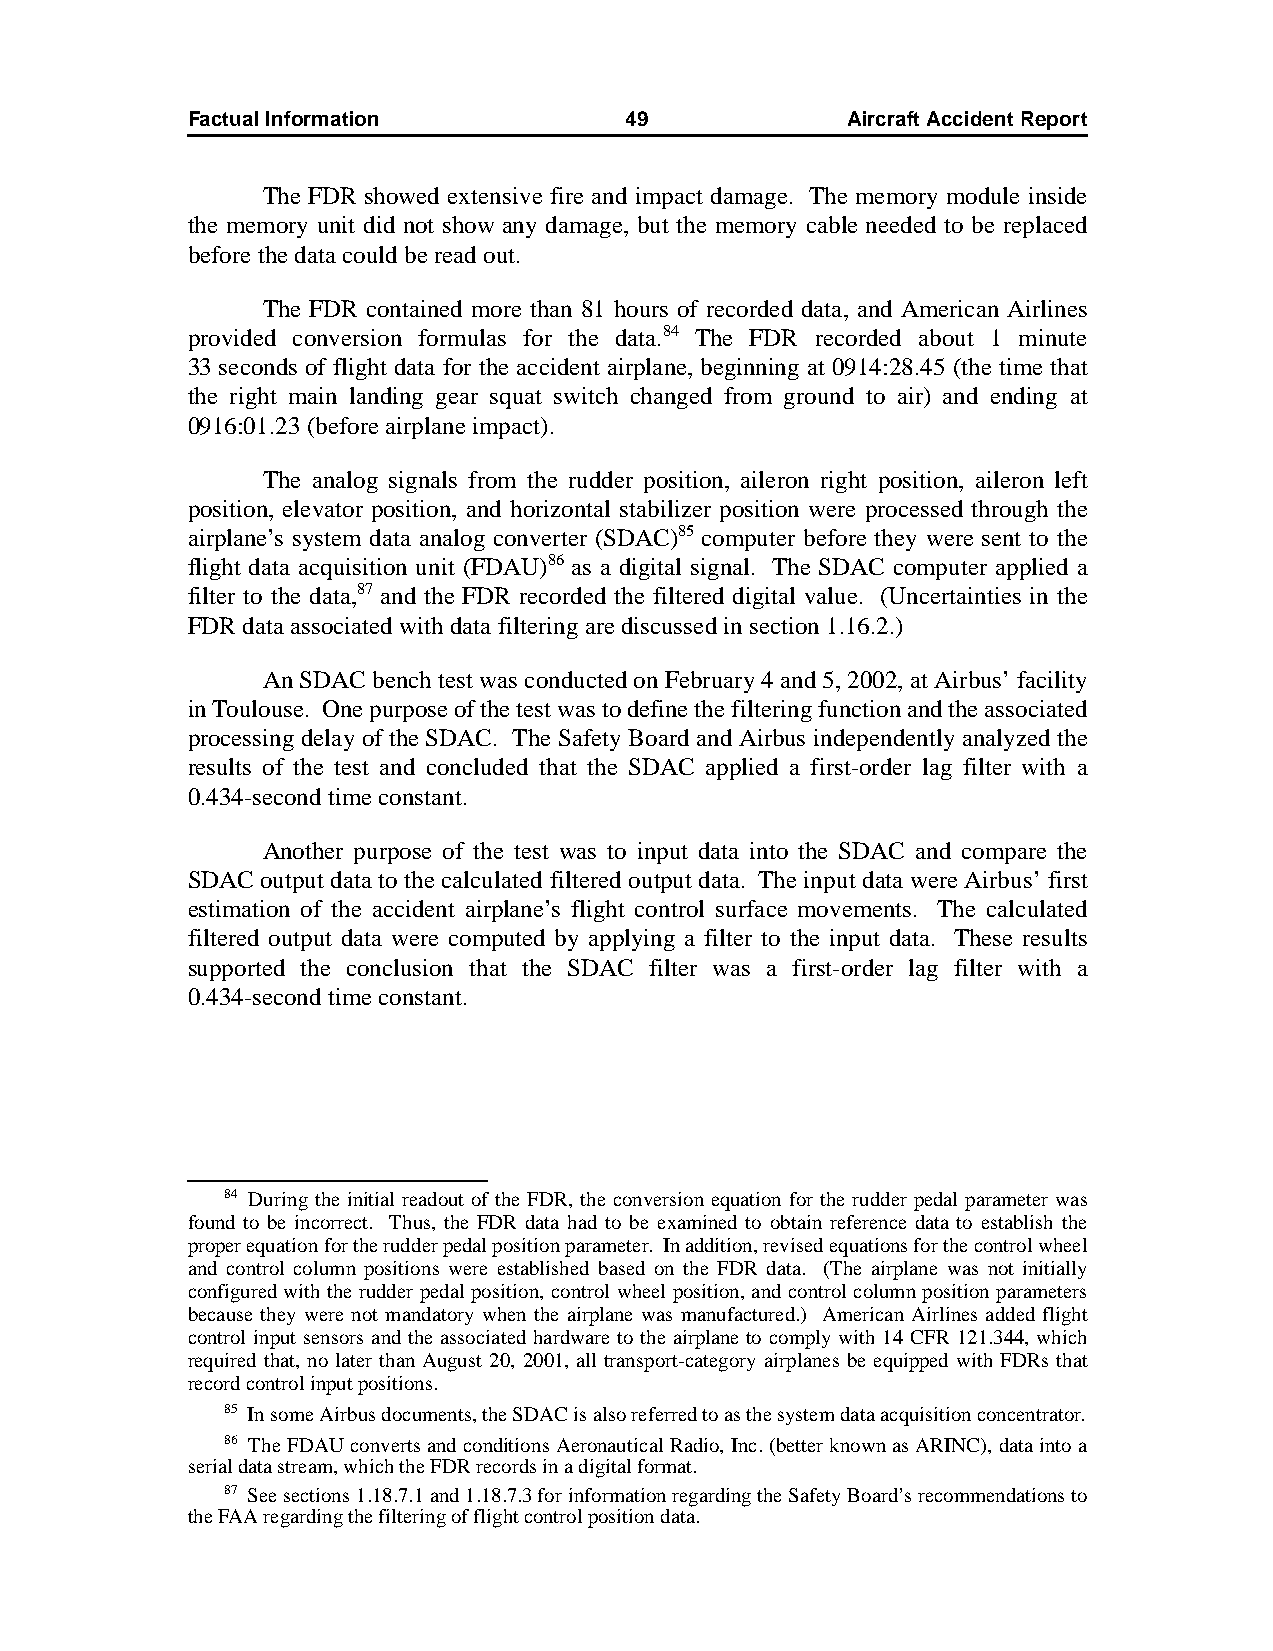
Factual Information          49             AircraftAccidentReport
 The FDR showed extensive fire and impact damage. The memory module inside
 the memory unit did not show any damage, but the memory cable needed to be replaced
 before the data could be read out.
 The FDR contained more than 81 hours of recorded data, and American Airlines
 provided conversion formulas for the data.84 The FDR recorded about 1 minute
 33seconds of flight data for the accident airplane, beginning at 0914:28.45 (the time that
 the right main landing gear squat switch changed from ground to air) and ending at
 0916:01.23 (before airplane impact).
 The analog signals from the rudder position, aileron right position, aileron left
 position, elevator position, and horizontal stabilizer position were processed through the
 airplane’s system data analog converter (SDAC)85 computer before they were sent to the
 flight data acquisition unit (FDAU)86 as a digital signal. The SDAC computer applied a
 filter to the data,87 and the FDR recorded the filtered digital value. (Uncertainties in the
 FDR data associated with data filtering are discussed in section 1.16.2.)
 An SDAC bench test was conducted on February 4 and 5, 2002, at Airbus’ facility
 in Toulouse. One purpose of the test was to define the filtering function and the associated
 processing delay of the SDAC. The Safety Board and Airbus independently analyzed the
 results of the test and concluded that the SDAC applied a first-order lag filter with a
 0.434-second time constant.
 Another purpose of the test was to input data into the SDAC and compare the
 SDAC output data to the calculated filtered output data. The input data were Airbus’ first
 estimation of the accident airplane’s flight control surface movements. The calculated
 filtered output data were computed by applying a filter to the input data. These results
 supported the conclusion that the SDAC filter was a first-order lag filter with a
 0.434-second time constant.
 84 During the initial readout of the FDR, the conversion equation for the rudder pedal parameter was
 found to be incorrect. Thus, the FDR data had to be examined to obtain reference data to establish the
 proper equation for the rudder pedal position parameter. In addition, revised equations for the control wheel
 and control column positions were established based on the FDR data. (The airplane was not initially
 configured with the rudder pedal position, control wheel position, and control column position parameters
 because they were not mandatory when the airplane was manufactured.) American Airlines added flight
 control input sensors and the associated hardware to the airplane to comply with 14 CFR 121.344, which
 required that, no later than August 20, 2001, all transport-category airplanes be equipped with FDRs that
 record control input positions.
 85 In some Airbus documents, the SDAC is also referred to as the system data acquisition concentrator.
 86 The FDAU converts and conditions Aeronautical Radio, Inc. (better known as ARINC), data into a
 serial data stream, which the FDR records in a digital format.
 87 See sections 1.18.7.1 and 1.18.7.3 for information regarding the Safety Board’s recommendations to
 the FAA regarding the filtering of flight control position data.